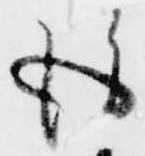
後